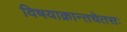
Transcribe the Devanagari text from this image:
विषयाक्रान्तचेतसः